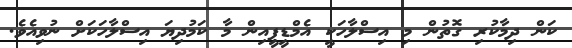
ކަން ދިމާކުރި ގޮތުން މި އިސްލާހަކީ އެމްޑީޕީއިން މާ ކަމުދިޔަ އިސްލާހަކަށް ނުވިއެވެ.